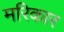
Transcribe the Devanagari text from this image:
मरिकार